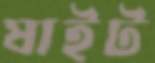
ষাইট